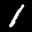
Label: 1